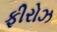
ફીરોઝ